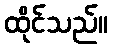
ထိုင်သည်။